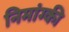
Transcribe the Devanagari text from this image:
निमांग्की